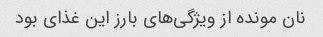
نان مونده از ویژگی‌های بارز این غذای بود